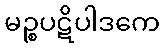
မဉ္စပဋိပါဒကေ